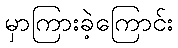
မှာကြားခဲ့ကြောင်း